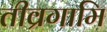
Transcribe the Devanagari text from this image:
तीव्रगामि